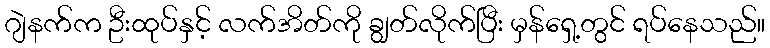
ဂျဲနက်က ဦးထုပ်နှင့် လက်အိတ်ကို ချွတ်လိုက်ပြီး မှန်ရှေ့တွင် ရပ်နေသည်။